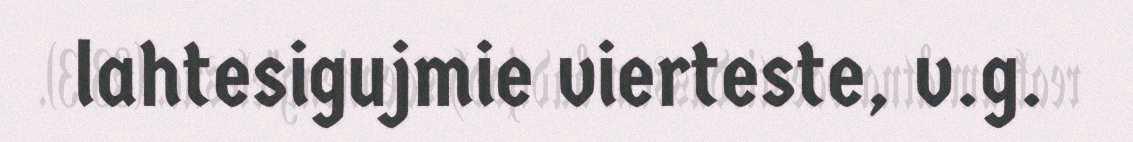
lahtesigujmie vierteste, v.g.